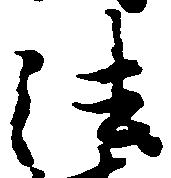
法